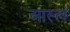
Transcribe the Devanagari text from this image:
आस्लं